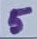
Text: 5